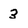
Character: 3